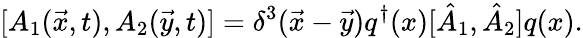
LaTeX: [A_{1}(\vec{x},t),A_{2}(\vec{y},t)]=\delta^{3}(\vec{x}-\vec{y})q^{\dagger}(x)[\hat{A}_{1},\hat{A}_{2}]q(x).